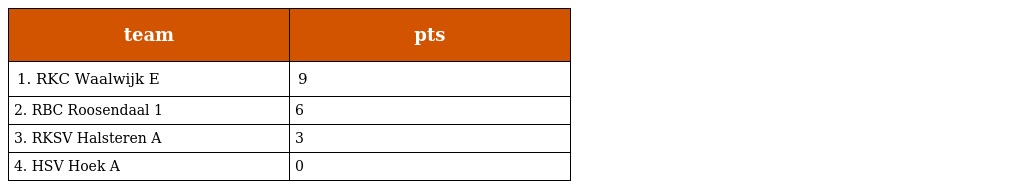
| team | pts |
 | --- | --- |
 | 1. RKC Waalwijk E | 9 |
 | 2. RBC Roosendaal 1 | 6 |
 | 3. RKSV Halsteren A | 3 |
 | 4. HSV Hoek A | 0 |